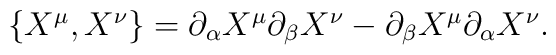
\begin{array}{lcr}\{X^{\mu},X^{\nu}\}=\partial_{\alpha}X^{\mu}\partial_{\beta}X^{\nu}-\partial_{\beta}X^{\mu}\partial_{\alpha}X^{\nu}   .\end{array}